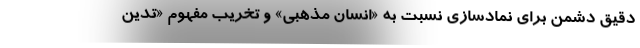
دقیق دشمن برای نمادسازی نسبت به «انسان مذهبی» و تخریب مفهوم «تدین